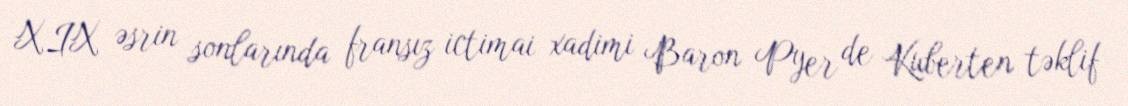
XIX əsrin sonlarında fransız ictimai xadimi Baron Pyer de Kuberten təklif